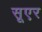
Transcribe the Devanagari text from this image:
सूएर